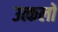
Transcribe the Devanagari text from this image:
उत्कलों